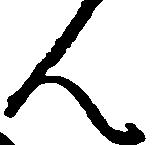
ん